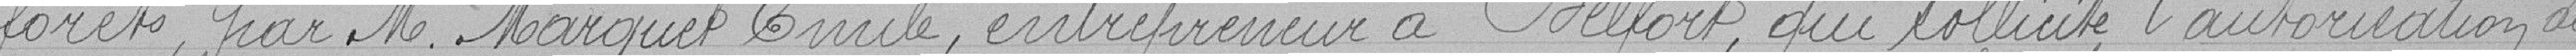
forêts, par M. Marguet Emile, entrepreneur à Belfort, qui sollicite l'autorisation de